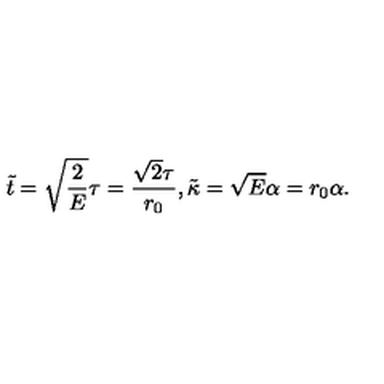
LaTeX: \tilde { t } = \sqrt { \frac { 2 } { E } } \tau = \frac { \sqrt { 2 } \tau } { r _ { 0 } } , \tilde { \kappa } = \sqrt { E } \alpha = r _ { 0 } \alpha .